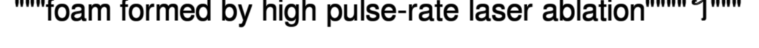
"""foam formed by high pulse-rate laser ablation""""។"""